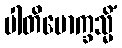
ပါတိမောက္ခသ္မိံ